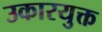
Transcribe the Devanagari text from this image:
उकारयुक्त